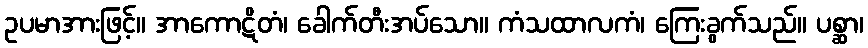
ဥပမာအားဖြင့်။ အာကောဋိတံ၊ ခေါက်တီးအပ်သော။ ကံသထာလကံ၊ ကြေးခွက်သည်။ ပစ္ဆာ၊